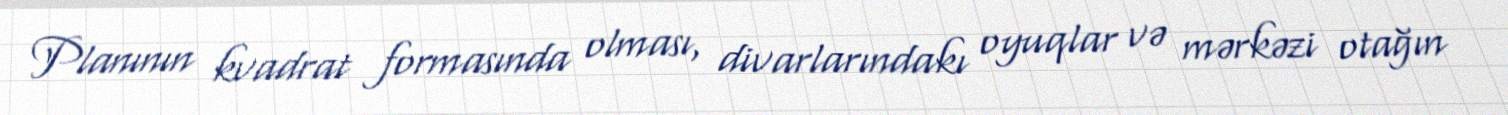
Planının kvadrat formasında olması, divarlarındakı oyuqlar və mərkəzi otağın